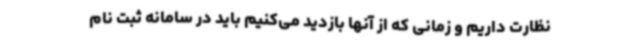
نظارت داریم و زمانی که از آنها بازدید می‌کنیم باید در سامانه ثبت نام